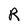
Character: R